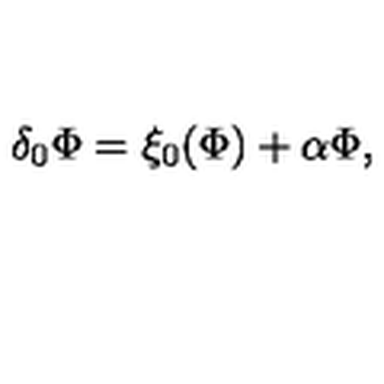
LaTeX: \delta _ { 0 } \Phi = \xi _ { 0 } ( \Phi ) + \alpha \Phi ,